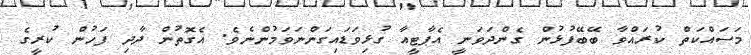
މަސައްކަތް ކުރައްވާ ބޭބޭފުޅުން ގެންދަވަނީ އެޕާޓީއާ ގުޅިވަޑައިގަންނަވަމުންނެވެ. އެގޮތުން ދާދި ފަހުން ކުރީގެ